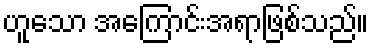
ဟူသော အကြောင်းအရာဖြစ်သည်။